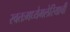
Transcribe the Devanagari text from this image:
स्वतःमध्येमलेरियाची